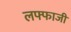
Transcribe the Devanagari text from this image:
लफ्फाजी